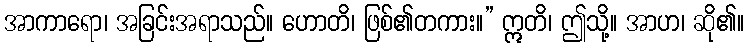
အာကာရော၊ အခြင်းအရာသည်။ ဟောတိ၊ ဖြစ်၏တကား။” ဣတိ၊ ဤသို့။ အာဟ၊ ဆို၏။